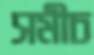
সমীচ